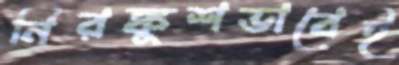
নিরঙ্কুশভাবেই